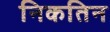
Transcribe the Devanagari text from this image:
निकतिन